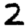
Digit: 2